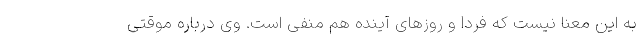
به این معنا نیست که فردا و روزهای آینده هم منفی است. وی درباره موقتی